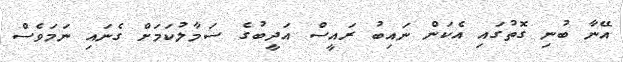
އޭނާ ބުނި ގޮތުގައި އެކަން ނައިބު ރައީސް އަދީބުގެ ސަމާލުކަމަށް ގެނައި ނަމަވެސް